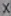
Text: X